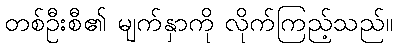
တစ်ဦးစီ၏ မျက်နှာကို လိုက်ကြည့်သည်။